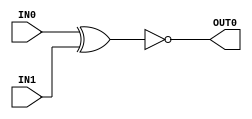
/* -----------------------------------------------------------------------------------
 * Module Name  : xnor_gate
 *
 * Description  : Basic parameterized XNOR gate
 * ----------------------------------------------------------------------------------- */

module xnor_gate#( parameter WIDTH = 1 )(   input [WIDTH-1:0] IN0,
                                            input [WIDTH-1:0] IN1,
                                            output [WIDTH-1:0] OUT0 );

    assign OUT0 = ~( IN0 ^ IN1 );

endmodule